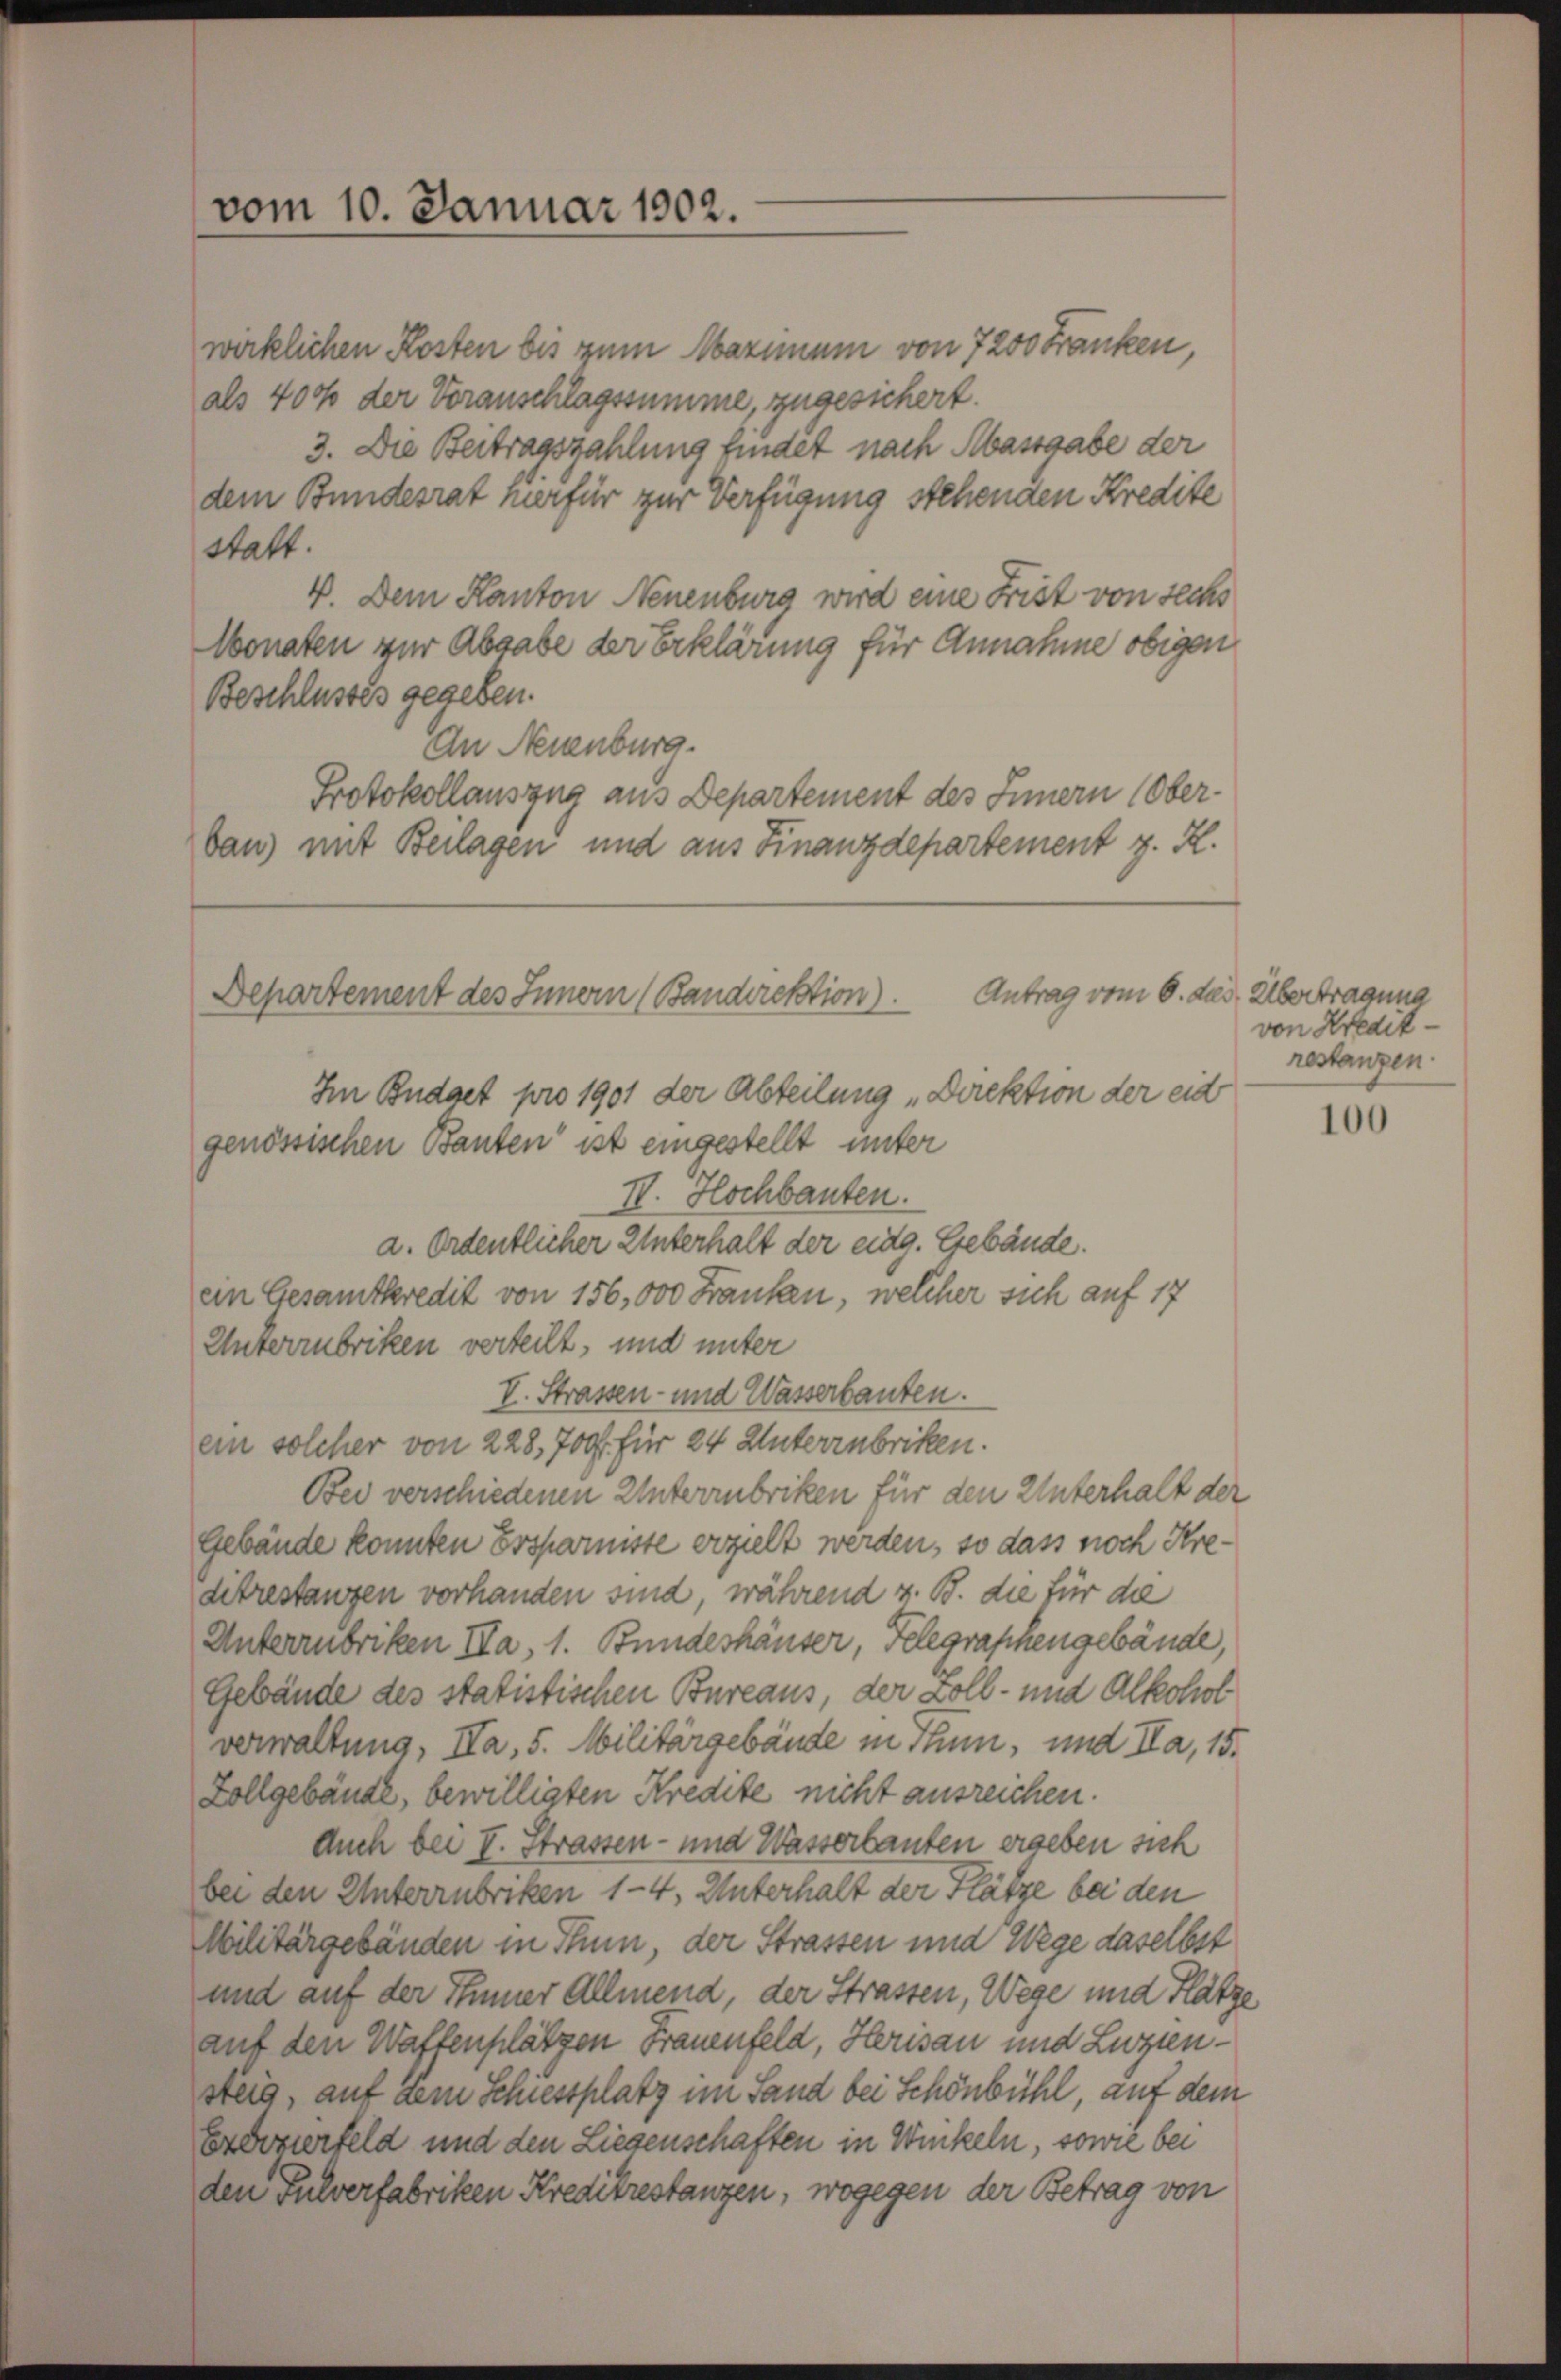
Departement des Innern (Bandirektion).

vom 10. Januar 1902.

wirklichen Kosten bis zum Maximum von 7200 Franken,
als 400 der Voranschlagssumme, zugesichert.
3. Die Beitragszahlung findet nach Massgabe der
dem Bundesrat hierfür zur Verfügung stehenden Kredite
statt.
V. Dem Kanton Neuenburg wird eine Frist von sechs
Monaten zur Abgabe der Erklärung für Annahme obigen
Beschlusses gegeben.
An Neuenburg.
Protokollauszug aus Departement des Innern (Ober-
ban mit Beilagen und aus Finanzdepartement z. R.

I Budget pro 1901 der Abteilung „Direktion der eid
genössischen Bauten ist eingestellt unter
IV. Hochbauten.
a. Ordentlicher Unterhalt der eidg. Gebäude.
ein Gesamtkredit von 156,000 Franken, welcher sich auf 17
Unterzubriken verteilt, und unter
I. Strassen- und Wasserbauten.
ein solcher von 228, 700. für 24 Unterzubriken.
Bei verschiedenen Unterzubriken für den Unterhalt der
Gebäude konnten Ersparniste erzielt werden, so dass noch Kreditrestanzen vorhanden sind, während z. B. die für die
Unterzubriken Na, 1. Bundeshäuser, Telegraphengebäude,
Gebäude des statistischen Bureaus, der Zoll- und Alkohol
verwaltung, IIa, 5. Militärgebäude in Thun, und Na, 15.
Zollgebäude, bewilligten Kredite nicht ausreichen.
Auch bei I. Strassen- und Wasserbauten ergeben sich
bei den Unterrubriken 1-4. Unterhalt der Flätze bei den
Militärgebäuden in Thun, der Strassen und Wege daselbst
und auf der Inner Allmend, der Strassen, Wege und Flätze,
auf den Wattenplätzen Frauenfeld, Herisau und Luzeensteig, auf dem Schiessplatz im Sand bei Schönbühl, auf dem
Exerzierfeld und den Liegenschaften in Winkeln, sowie bei
den Pulverfabriken Kreditrestanzen, wogegen der Betrag von

Antrag vom 6. des Übertragung

von Kredit-
restanzen.

100